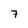
Character: 7